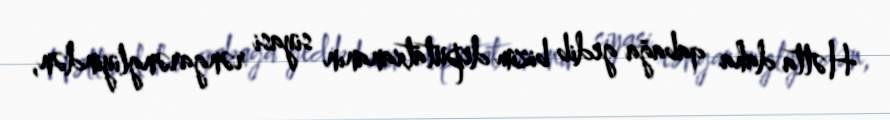
Hətta daha qabağa gedib bizim deputatxananın siyasi rəngarəngliyindən,